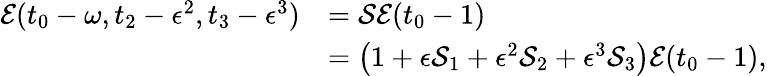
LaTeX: \begin{array}{rl}{\mathcal{E}(t_{0}-\omega,t_{2}-\epsilon^{2},t_{3}-\epsilon^{3})}&{=\mathcal{S}\mathcal{E}(t_{0}-1)}\\ &{=\left(1+\epsilon\mathcal{S}_{1}+\epsilon^{2}\mathcal{S}_{2}+\epsilon^{3}\mathcal{S}_{3}\right)\mathcal{E}(t_{0}-1),}\end{array}